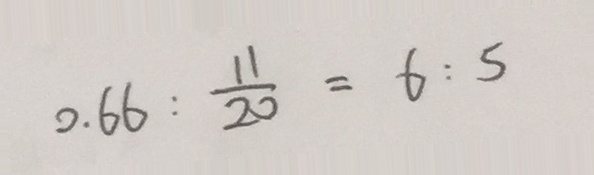
0 . 6 6 : \frac { 1 1 } { 2 0 } = 6 : 5